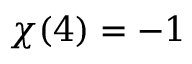
\chi ( 4 ) = - 1